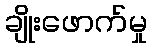
ချိုးဖောက်မှု